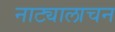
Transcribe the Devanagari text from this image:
नाट्यालाचन